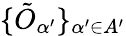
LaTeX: \{ \tilde{O}_{\alpha^{\prime}}\} _{\alpha^{\prime}\in A^{\prime}}